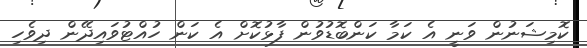
ކޮމިޝަނުން ވަނީ އެ ކަމާ ކަންބޮޑުވުން ފާޅުކޮށް އެ ކަން ހުއްޓުވައިދޭން ދިވެހި